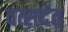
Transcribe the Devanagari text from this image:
वत्सदंत